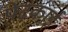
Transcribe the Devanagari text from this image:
पेढकाई